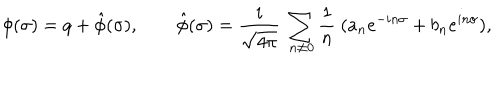
LaTeX: \phi ( \sigma ) = q + \hat { \phi } ( \sigma ) , \qquad \hat { \phi } ( \sigma ) = { \frac i { \sqrt { 4 \pi } } } ~ \sum _ { n \ne 0 } { \frac 1 n } ~ ( a _ { n } e ^ { - i n \sigma } + b _ { n } e ^ { i n \sigma } ) ,